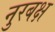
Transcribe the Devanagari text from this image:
नुरबक्ष